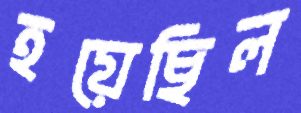
হয়েছিল